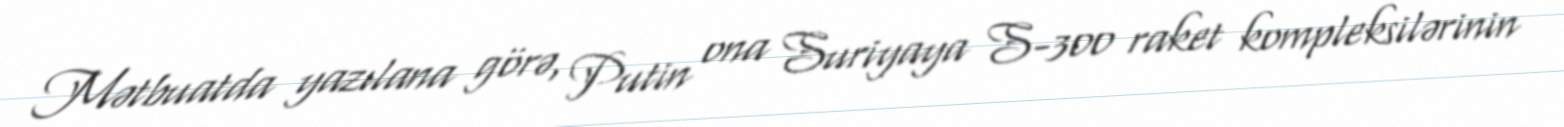
Mətbuatda yazılana görə, Putin ona Suriyaya S-300 raket kompleksilərinin